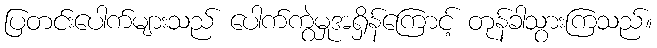
ပြတင်းပေါက်များသည် ပေါက်ကွဲမှုအရှိန်ကြောင့် တုန်ခါသွားကြသည်။